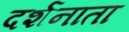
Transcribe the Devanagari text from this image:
दर्शनाता